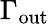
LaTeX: \Gamma_{\mathrm{out}}